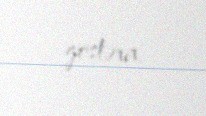
göstərir.